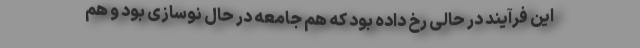
این فرآیند در حالی رخ داده بود که هم جامعه در حال نوسازی بود و هم